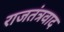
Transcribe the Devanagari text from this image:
राजतंत्रवाद